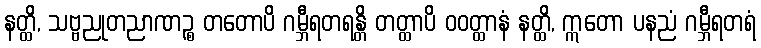
နတ္ထိ, သဗ္ဗညုတညာဏဉ္စ တတောပိ ဂမ္ဘီရတရန္တိ တတ္ထာပိ ဝဝတ္ထာနံ နတ္ထိ, ဣတော ပနညံ ဂမ္ဘီရတရံ